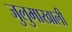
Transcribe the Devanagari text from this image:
जुलुमाखाली